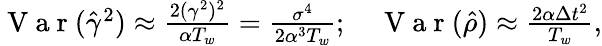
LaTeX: \begin{array}{r}{\mathrm{~V~a~r~}(\hat{\gamma}^{2})\approx\frac{2(\gamma^{2})^{2}}{\alpha T_{w}}=\frac{\sigma^{4}}{2\alpha^{3}T_{w}};\quad\mathrm{~V~a~r~}(\hat{\rho})\approx\frac{2\alpha\Delta t^{2}}{T_{w}},}\end{array}